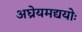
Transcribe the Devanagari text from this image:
अघ्रेयमद्ययोः